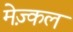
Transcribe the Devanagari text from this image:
मेज़्कल